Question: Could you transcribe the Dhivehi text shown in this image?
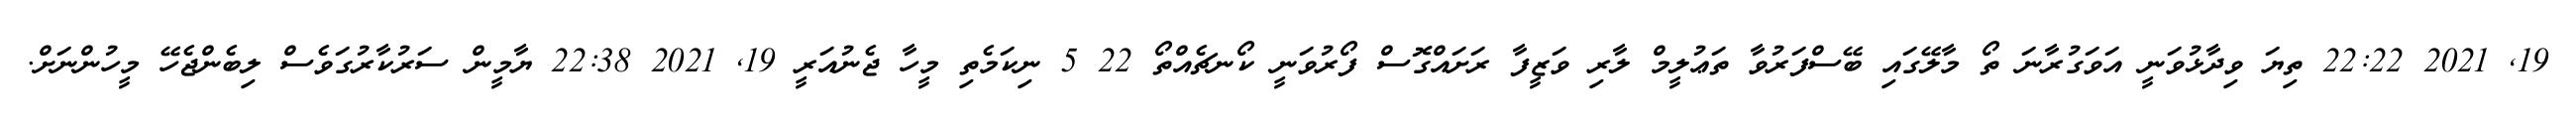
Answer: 19, 2021 22:22 ތިޔަ ވިދާޅުވަނީ އަވަގުރާނަ ތޯ މާލޭގައި ބޭސްފަރުވާ ތަޢުލީމް ލާރި ވަޒީފާ ރަށައްގޮސް ފޯރުވަނީ ކޯނޗެއްތޯ 22 5 ނިކަމެތި މީހާ ޖެނުއަރީ 19, 2021 22:38 ޔާމީން ސަރުކާރުގަވެސް ލިބެންޖެހޭ މީހުންނަށް.